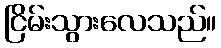
ငြိမ်းသွားလေသည်။